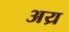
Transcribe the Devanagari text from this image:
अय्र